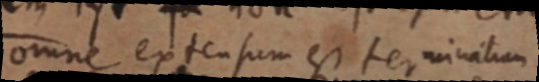
omne extensum est terminatum